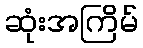
ဆုံးအကြိမ်